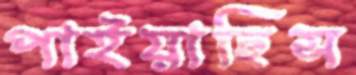
পাইয়াছিস